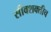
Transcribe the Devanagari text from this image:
सीवशक्तीच